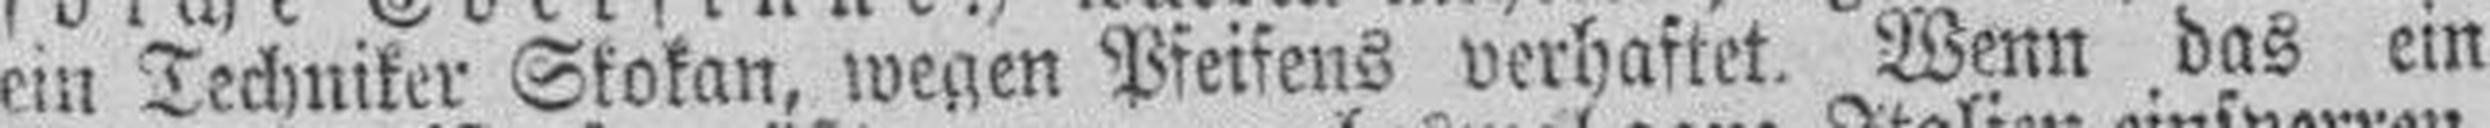
ein Techniker Skokan, wegen Pfeifens verhaftet. Wenn das ein